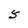
Character: 5